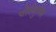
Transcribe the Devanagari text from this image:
पोस्थुमस